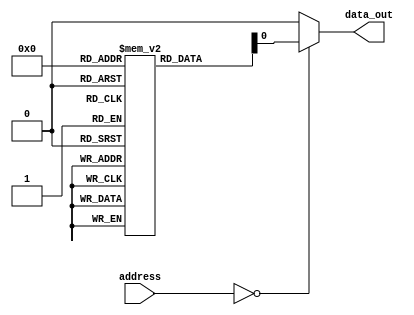
module anti_fuse_rom (
    input wire [7:0] address,
    output reg data_out
);

reg [7:0] rom [0:255];

initial begin
    // Initialize ROM data
    rom[0] = 8'b00000000;
    // Add more initializations for other memory blocks if needed
end

always @(*) begin
    // Read data from ROM based on address
    case (address)
        8'b00000000: data_out = rom[0];
        // Add cases for other memory blocks if needed
        default: data_out = 8'b00000000; // Default value if address does not match any
    endcase
end

endmodule